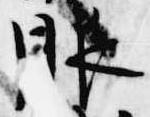
服